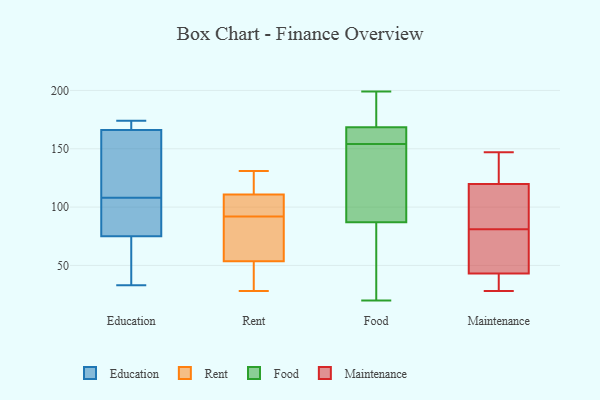
{"axis": {"x": "Humidity (%)", "y": "Value"}, "legend": ["Education", "Food", "Maintenance", "Rent"], "data": [{"x": "", "y": 81, "type": "Education"}, {"x": "", "y": 46, "type": "Education"}, {"x": "", "y": 174, "type": "Education"}, {"x": "", "y": 119, "type": "Education"}, {"x": "", "y": 85, "type": "Education"}, {"x": "", "y": 33, "type": "Education"}, {"x": "", "y": 145, "type": "Education"}, {"x": "", "y": 97, "type": "Education"}, {"x": "", "y": 69, "type": "Education"}, {"x": "", "y": 166, "type": "Education"}, {"x": "", "y": 172, "type": "Education"}, {"x": "", "y": 166, "type": "Education"}, {"x": "", "y": 28, "type": "Rent"}, {"x": "", "y": 105, "type": "Rent"}, {"x": "", "y": 94, "type": "Rent"}, {"x": "", "y": 131, "type": "Rent"}, {"x": "", "y": 131, "type": "Rent"}, {"x": "", "y": 106, "type": "Rent"}, {"x": "", "y": 52, "type": "Rent"}, {"x": "", "y": 92, "type": "Rent"}, {"x": "", "y": 51, "type": "Rent"}, {"x": "", "y": 130, "type": "Rent"}, {"x": "", "y": 34, "type": "Rent"}, {"x": "", "y": 107, "type": "Rent"}, {"x": "", "y": 54, "type": "Rent"}, {"x": "", "y": 122, "type": "Rent"}, {"x": "", "y": 73, "type": "Rent"}, {"x": "", "y": 88, "type": "Rent"}, {"x": "", "y": 59, "type": "Rent"}, {"x": "", "y": 151, "type": "Food"}, {"x": "", "y": 77, "type": "Food"}, {"x": "", "y": 136, "type": "Food"}, {"x": "", "y": 165, "type": "Food"}, {"x": "", "y": 161, "type": "Food"}, {"x": "", "y": 71, "type": "Food"}, {"x": "", "y": 59, "type": "Food"}, {"x": "", "y": 199, "type": "Food"}, {"x": "", "y": 176, "type": "Food"}, {"x": "", "y": 99, "type": "Food"}, {"x": "", "y": 97, "type": "Food"}, {"x": "", "y": 20, "type": "Food"}, {"x": "", "y": 158, "type": "Food"}, {"x": "", "y": 157, "type": "Food"}, {"x": "", "y": 165, "type": "Food"}, {"x": "", "y": 111, "type": "Food"}, {"x": "", "y": 172, "type": "Food"}, {"x": "", "y": 182, "type": "Food"}, {"x": "", "y": 180, "type": "Food"}, {"x": "", "y": 68, "type": "Food"}, {"x": "", "y": 147, "type": "Maintenance"}, {"x": "", "y": 53, "type": "Maintenance"}, {"x": "", "y": 134, "type": "Maintenance"}, {"x": "", "y": 119, "type": "Maintenance"}, {"x": "", "y": 43, "type": "Maintenance"}, {"x": "", "y": 28, "type": "Maintenance"}, {"x": "", "y": 43, "type": "Maintenance"}, {"x": "", "y": 81, "type": "Maintenance"}, {"x": "", "y": 38, "type": "Maintenance"}, {"x": "", "y": 117, "type": "Maintenance"}, {"x": "", "y": 120, "type": "Maintenance"}]}